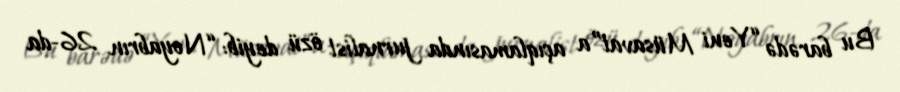
Bu barədə “Yeni Müsavat”a açıqlamasında jurnalist özü deyib: “Noyabrın 26-da